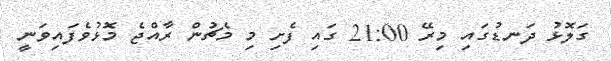
ގަލޮޅު ދަނޑުގައި މިރޭ 21:00 ގައި ފެށި މި މެޗުން ރާއްޖެ މޮޅުވެފައިވަނީ